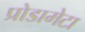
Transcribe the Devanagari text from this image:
प्रोडामेटा